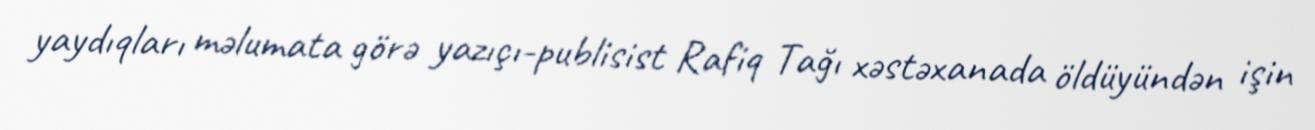
yaydıqları məlumata görə yazıçı-publisist Rafiq Tağı xəstəxanada öldüyündən işin